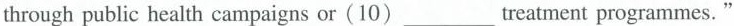
through public health campaigns or (10) ___ treatment programmes."